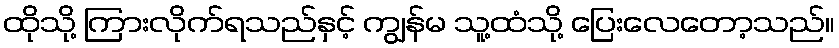
ထိုသို့ ကြားလိုက်ရသည်နှင့် ကျွန်မ သူ့ထံသို့ ပြေးလေတော့သည်။